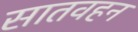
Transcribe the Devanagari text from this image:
सातवहन